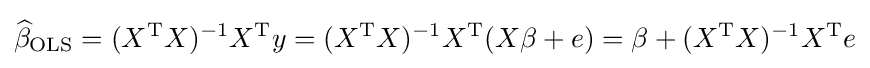
{\widehat {\beta }}_{\mathrm {OLS} }=(X^{\mathrm {T} }X)^{-1}X^{\mathrm {T} }y=(X^{\mathrm {T} }X)^{-1}X^{\mathrm {T} }(X\beta +e)=\beta +(X^{\mathrm {T} }X)^{-1}X^{\mathrm {T} }e